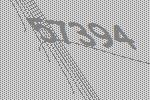
57394